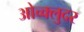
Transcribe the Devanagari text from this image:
ओच्क्लुदर